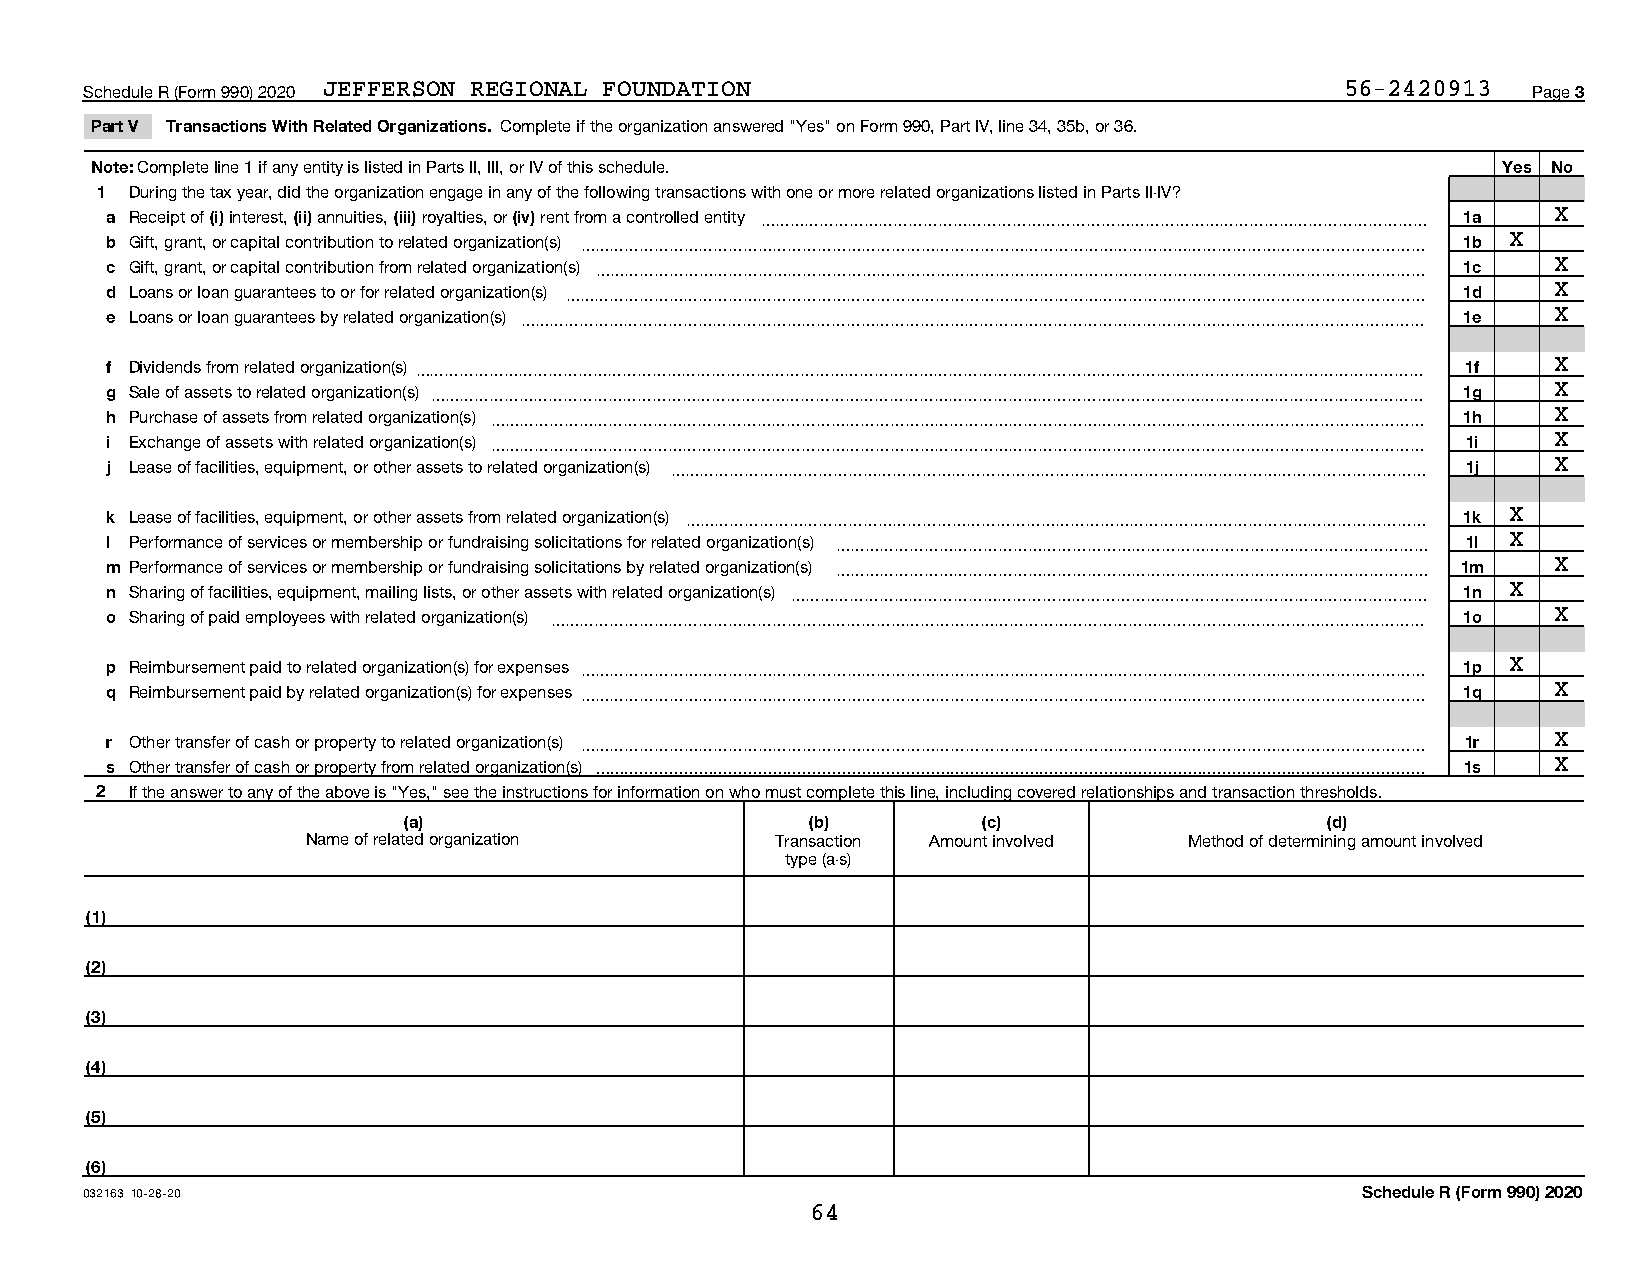
Schedule R (Form 990) 2020 JEFFERSON REGIONAL FOUNDATION                           56-2420913  Page 3
 Part V Transactions With Related Organizations. Complete if the organization answered "Yes" on Form 990, Part IV, line 34, 35b, or 36.
 Note: Complete line 1 if any entity is listed in Parts II, III, or IV of this schedule.      Yes No
 1  During the tax year, did the organization engage in any of the following transactions with one or more related organizations listed in Parts II-IV?
 a Receipt of (i) interest, (ii) annuities, (iii) royalties, or (iv) rent from a controlled entity ~~~~~~~~~~~~~~~~~~~~~~~~~~~~~~~~~~~~~~~~~~~~~ 1a X
 b Gift, grant, or capital contribution to related organization(s) ~~~~~~~~~~~~~~~~~~~~~~~~~~~~~~~~~~~~~~~~~~~~~~~~~~~~~~~~~ 1b X
 c Gift, grant, or capital contribution from related organization(s) ~~~~~~~~~~~~~~~~~~~~~~~~~~~~~~~~~~~~~~~~~~~~~~~~~~~~~~~~ 1c X
 d Loans or loan guarantees to or for related organization(s) ~~~~~~~~~~~~~~~~~~~~~~~~~~~~~~~~~~~~~~~~~~~~~~~~~~~~~~~~~~ 1d X
 e Loans or loan guarantees by related organization(s) ~~~~~~~~~~~~~~~~~~~~~~~~~~~~~~~~~~~~~~~~~~~~~~~~~~~~~~~~~~~~~ 1e X
 f Dividends from related organization(s)~~~~~~~~~~~~~~~~~~~~~~~~~~~~~~~~~~~~~~~~~~~~~~~~~~~~~~~~~~~~~~~~~~~~ 1f X
 g Sale of assets to related organization(s) ~~~~~~~~~~~~~~~~~~~~~~~~~~~~~~~~~~~~~~~~~~~~~~~~~~~~~~~~~~~~~~~~~~~ 1g X
 h Purchase of assets from related organization(s) ~~~~~~~~~~~~~~~~~~~~~~~~~~~~~~~~~~~~~~~~~~~~~~~~~~~~~~~~~~~~~~~ 1h X
 i Exchange of assets with related organization(s) ~~~~~~~~~~~~~~~~~~~~~~~~~~~~~~~~~~~~~~~~~~~~~~~~~~~~~~~~~~~~~~~ 1i X
 j Lease of facilities, equipment, or other assets to related organization(s) ~~~~~~~~~~~~~~~~~~~~~~~~~~~~~~~~~~~~~~~~~~~~~~~~~~~ 1j X
 k Lease of facilities, equipment, or other assets from related organization(s) ~~~~~~~~~~~~~~~~~~~~~~~~~~~~~~~~~~~~~~~~~~~~~~~~~~ 1k X
 l Performance of services or membership or fundraising solicitations for related organization(s) ~~~~~~~~~~~~~~~~~~~~~~~~~~~~~~~~~~~~~~~~ 1l X
 m Performance of services or membership or fundraising solicitations by related organization(s) ~~~~~~~~~~~~~~~~~~~~~~~~~~~~~~~~~~~~~~~~ 1m X
 n Sharing of facilities, equipment, mailing lists, or other assets with related organization(s) ~~~~~~~~~~~~~~~~~~~~~~~~~~~~~~~~~~~~~~~~~~~ 1n X
 o Sharing of paid employees with related organization(s) ~~~~~~~~~~~~~~~~~~~~~~~~~~~~~~~~~~~~~~~~~~~~~~~~~~~~~~~~~~~ 1o X
 p Reimbursement paid to related organization(s) for expenses ~~~~~~~~~~~~~~~~~~~~~~~~~~~~~~~~~~~~~~~~~~~~~~~~~~~~~~~~~ 1p X
 q Reimbursement paid by related organization(s) for expenses ~~~~~~~~~~~~~~~~~~~~~~~~~~~~~~~~~~~~~~~~~~~~~~~~~~~~~~~~~ 1q X
 r Other transfer of cash or property to related organization(s) ~~~~~~~~~~~~~~~~~~~~~~~~~~~~~~~~~~~~~~~~~~~~~~~~~~~~~~~~~ 1r X
 s Other transfer of cash or property from related organization(s)  1s X
 2  If the answer to any of the above is "Yes," see the instructions for information on who must complete this line, including covered relationships and transaction thresholds.
 (a)                        (b)        (c)                    (d)
 Name of related organization   Transaction Amount involved Method of determining amount involved
 type (a-s)
 (1)
 (2)
 (3)
 (4)
 (5)
 (6)
 032163 10-28-20                                                                     Schedule R (Form 990) 2020
 64